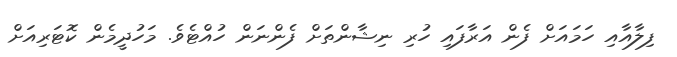
ފިލާއާއި ހަމައަށް ފެން އަރާފައި ހުރި ނިޝާންތަށް ފެންނަން ހުއްޓެވެ. މަހުދީމެން ކޮޓަރިއަށް